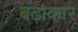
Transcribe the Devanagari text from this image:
बढ़ाकार